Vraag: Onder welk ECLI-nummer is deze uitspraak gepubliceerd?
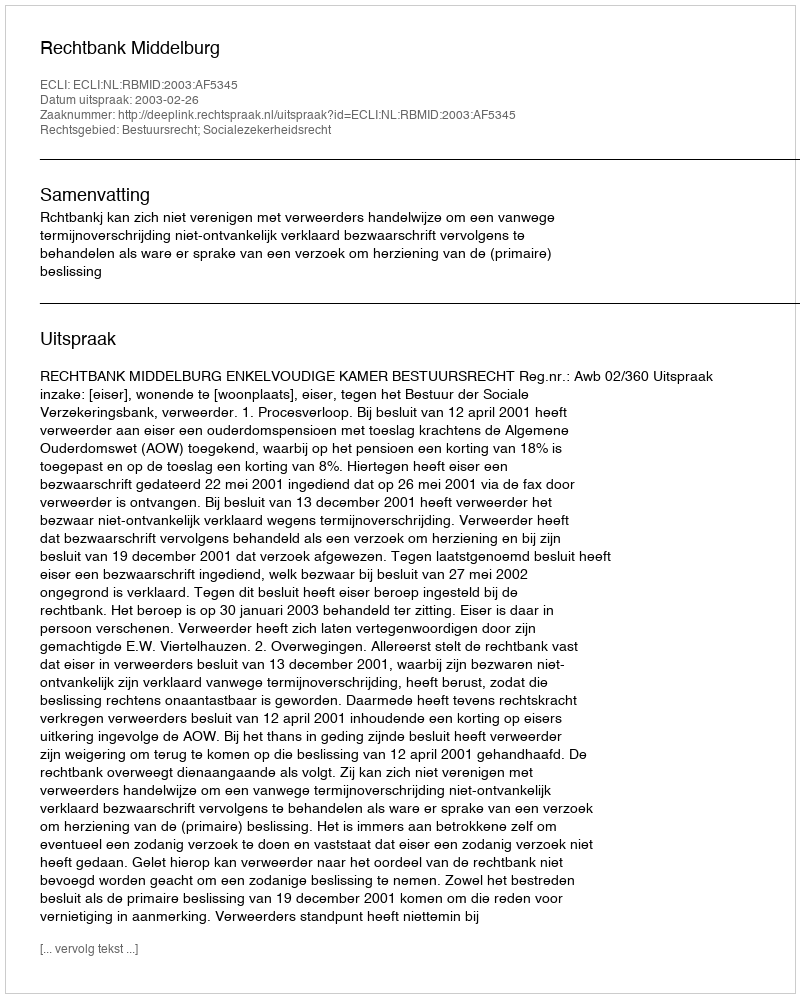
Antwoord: ECLI:NL:RBMID:2003:AF5345